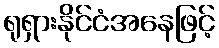
ရုရှားနိုင်ငံအနေဖြင့်